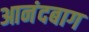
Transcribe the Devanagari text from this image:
आनंदबाग